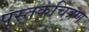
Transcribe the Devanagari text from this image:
पुस्तकचित्रण